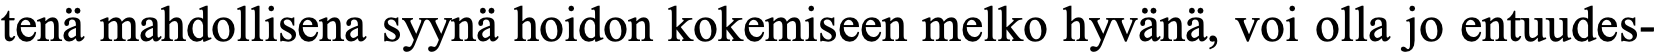
tenä mahdollisena syynä hoidon kokemiseen melko hyvänä, voi olla jo entuudes-